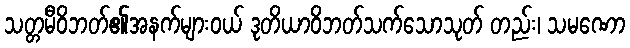
သတ္တမီဝိဘတ်၏အနက်များဝယ် ဒုတိယာဝိဘတ်သက်သောသုတ် တည်း၊ သမဏော